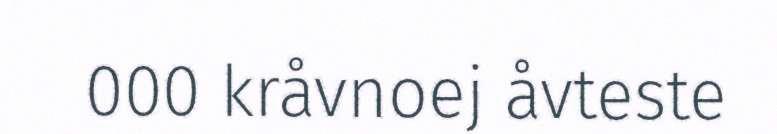
000 kråvnoej åvteste